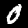
Digit: 0